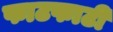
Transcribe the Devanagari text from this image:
फाटफाटी